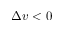
\Delta v < 0